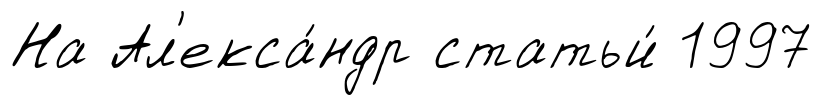
На Ал'екса́ндр статьи́ 1997